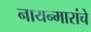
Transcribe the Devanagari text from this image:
नायन्मारांचे